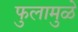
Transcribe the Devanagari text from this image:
फुलामुळे